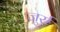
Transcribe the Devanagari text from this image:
जुर्रा